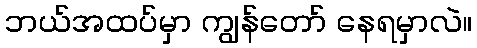
ဘယ်အထပ်မှာ ကျွန်တော် နေရမှာလဲ။